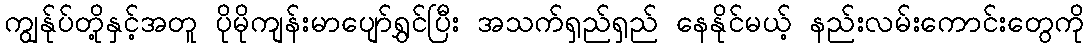
ကျွန်ုပ်တို့နှင့်အတူ ပိုမိုကျန်းမာပျော်ရွှင်ပြီး အသက်ရှည်ရှည် နေနိုင်မယ့် နည်းလမ်းကောင်းတွေကို